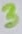
Text: 3